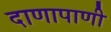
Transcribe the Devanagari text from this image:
दाणापाणी